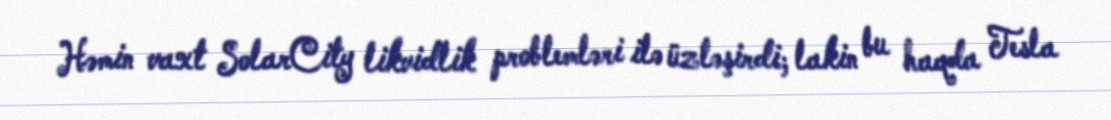
Həmin vaxt SolarCity likvidlik problemləri ilə üzləşirdi; lakin bu haqda Tesla